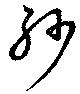
紗